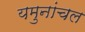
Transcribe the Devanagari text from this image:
यमुनांचल